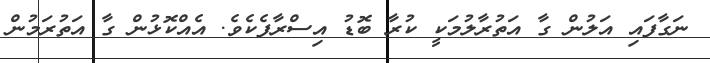
ނަގާފައި އަލުން ގާ އަތުރާލުމަކީ ކުރާ ބޮޑު އިސްރާފެކެވެ. އެއްކޮޅުން ގާ އަތުރަމުން